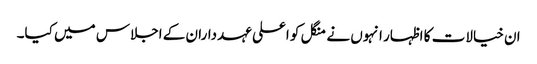
ان خیالات کا اظہار انہوں نے منگل کو اعلی عہدداران کے اجلاس میں کیا۔